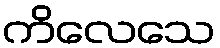
ကိလေသေ